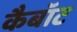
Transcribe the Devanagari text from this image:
कैबॉट